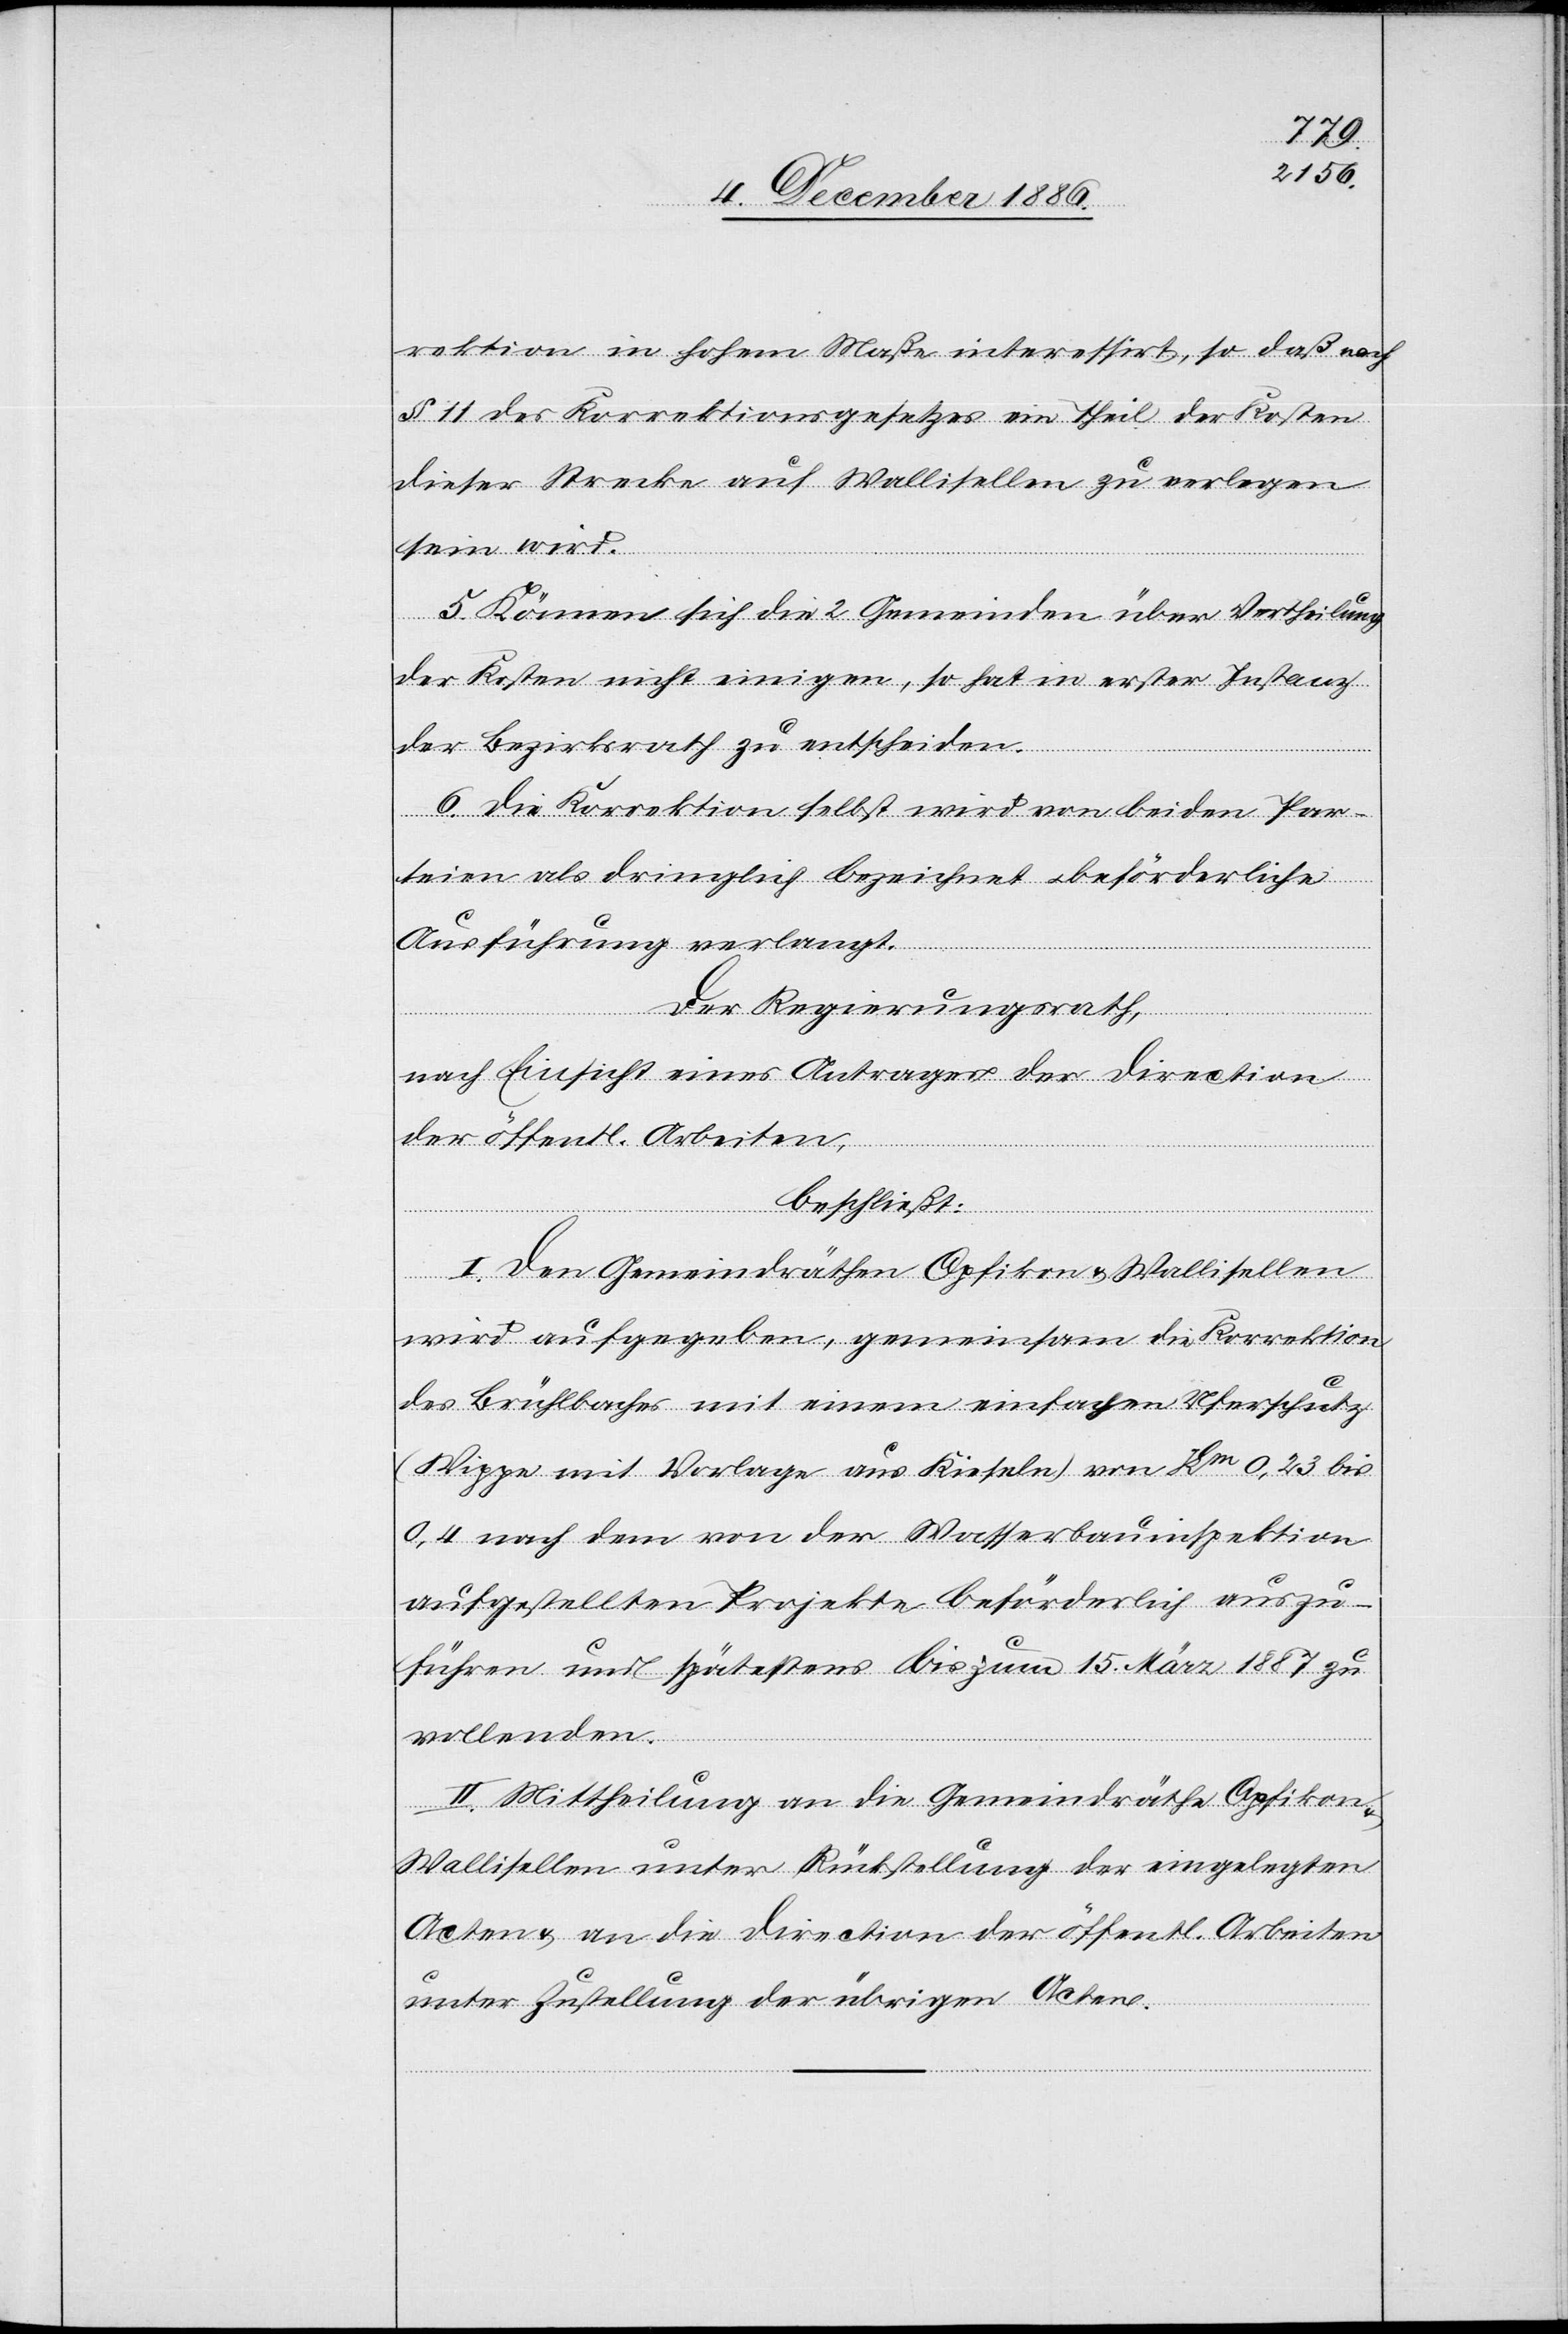
rektion in hohem Maße interessirt, so daß nach
§ 11 des Korrektionsgesetzes ein Theil der Kosten
dieser Strecke auf Wallisellen zu verlegen
sein wird.
5. Können sich die 2 Gemeinden über Vertheilung
der Kosten nicht einigen, so hat in erster Instanz
der Bezirksrath zu entscheiden.
6. Die Korrektion selbst wird von beiden Par¬
teien als dringlich bezeichnet & beförderliche
Ausführung verlangt.
Der Regierungsrath,
nach Einsicht eines Antrages der Direction
der öffentl. Arbeiten,
beschließt:
I. Den Gemeindräthen Opfikon & Wallisellen
wird aufgegeben, gemeinsam die Korrektion
des Brühlbaches mit einem einfachen Uferschutz
(Wippe mit Vorlage aus Kieseln) von Km 0,23 bis
0,4 nach dem von der Wasserbauinspektion
aufgestellten Projekte beförderlich auszu¬
führen und spätestens bis zum 15. März 1887 zu
vollenden.
II. Mittheilung an die Gemeindräthe Opfikon
Wallisellen unter Rückstellung der eingelegten
Acten & an die Direction der öffentl. Arbeiten
unter Zustellung der übrigen Acten.